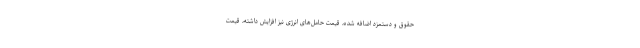
حقوق و دستمزد اضافه شده، قیمت حامل‌های انرژی نیز افزایش داشته، قیمت